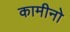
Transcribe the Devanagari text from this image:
कामीनो